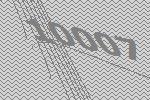
10007